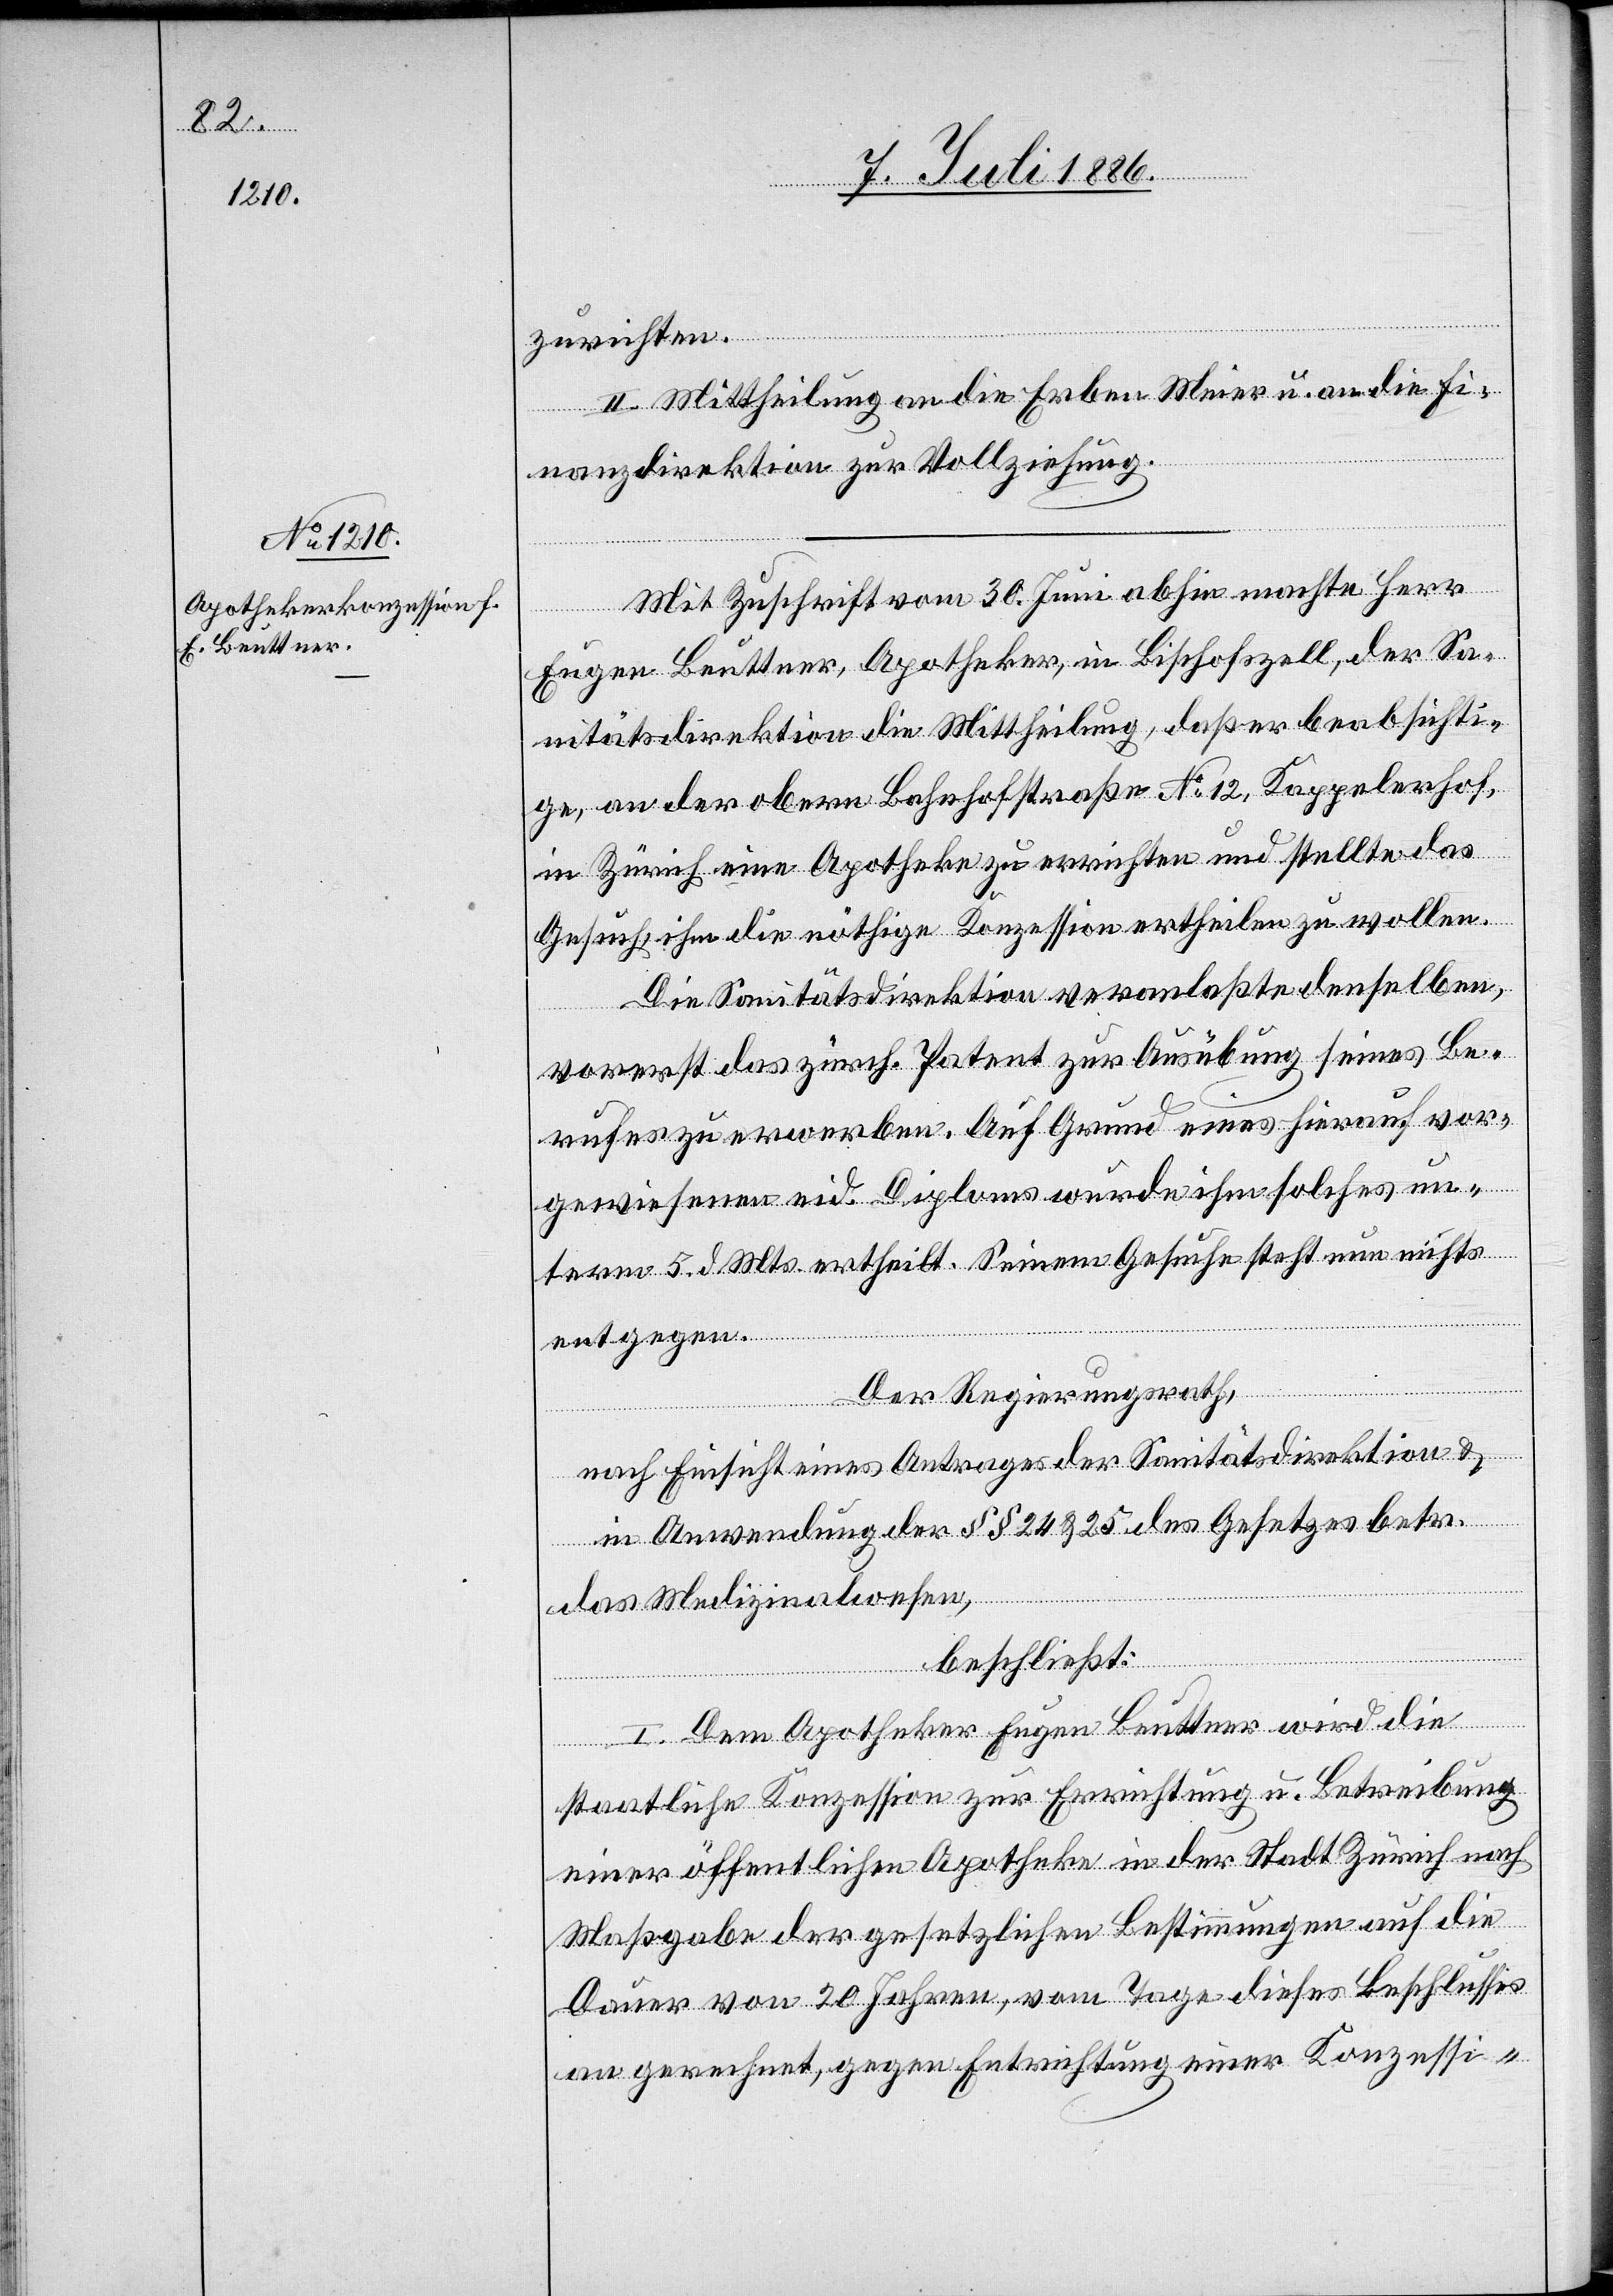
zurichten.
II. Mittheilung an die Erben Meier u. an die Fi¬
nanzdirektion zur Vollziehung.
Mit Zuschrift vom 30. Juni abhin machte Herr
Eugen Beuttner, Apotheker, in Bischofszell, der Sa¬
nitätsdirektion die Mittheilung, daß er beabsichti¬
ge, an der obern Bahnhofstraße No 12, Kappelerhof,
in Zürich eine Apotheke zu errichten und stellte das
Gesuch, ihm die nöthige Konzession ertheilen zu wollen.
Die Sanitätsdirektion veranlaßte denselben,
vorerst das zürch. Patent zur Ausübung seines Be¬
rufes zu erwerben. Auf Grund eines hierauf vor¬
gewiesenen Diploms wurde ihm solches un¬
term 5. d. Mts. ertheilt. Seinem Gesuche steht nun nichts
entgegen.
Der Regierungsrath,
nach Einsicht eines Antrages der Sanitätsdirektion &
in Anwendung der §§ 24 & 25 des Gesetzes betr.
das Medizinalwesen,
beschließt:
I. Dem Apotheker Eugen Beuttner wird die
staatliche Konzession zur Errichtung u. Betreibung
einer öffentlichen Apotheke in der Stadt Zürich nach
Maßgabe der gesetzlichen Bestimmungen auf die
Dauer von 20 Jahren, vom Tage dieses Beschlusses
an gerechnet, gegen Entrichtung einer Konzessi-